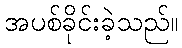
အပစ်ခိုင်းခဲ့သည်။